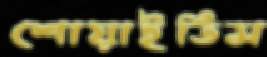
শোয়াইতিস